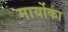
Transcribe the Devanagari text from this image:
मार्योका